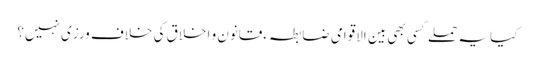
کیا یہ حملے کسی بھی بین الاقوامی ضابطہ ءقانون و اخلاق کی خلاف ورزی نہیں؟